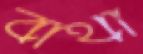
বাথা